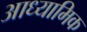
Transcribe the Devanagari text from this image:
आध्‍यामिक